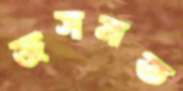
জসমত